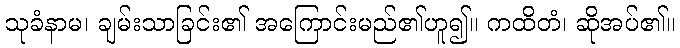
သုခံနာမ၊ ချမ်းသာခြင်း၏ အကြောင်းမည်၏ဟူ၍။ ကထိတံ၊ ဆိုအပ်၏။